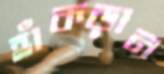
হাঁকড়ান